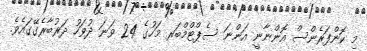
މި ކޮންފަރެންސް އޮންނާނީ އަންނަ ސެޕްޓްމްބަރ މަހުގެ 24 ވަނަ ދުވަހު ދަރުބާރެގޭގައެވެ.